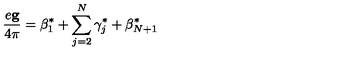
\frac { e { \bf g } } { 4 \pi } = { \mathrm { \boldmath \beta } } _ { 1 } ^ { * } + \sum _ { j = 2 } ^ { N } { \mathrm { \boldmath \gamma } } _ { j } ^ { * } + { \mathrm { \boldmath \beta } } _ { N + 1 } ^ { * }